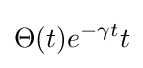
\Theta (t)e^{-\gamma t}t